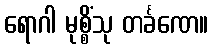
ရောဂါ မုစ္စိံသု တင်္ခဏေ။